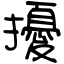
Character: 擾